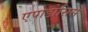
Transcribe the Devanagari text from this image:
एपोडोसिस